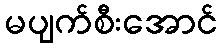
မပျက်စီးအောင်